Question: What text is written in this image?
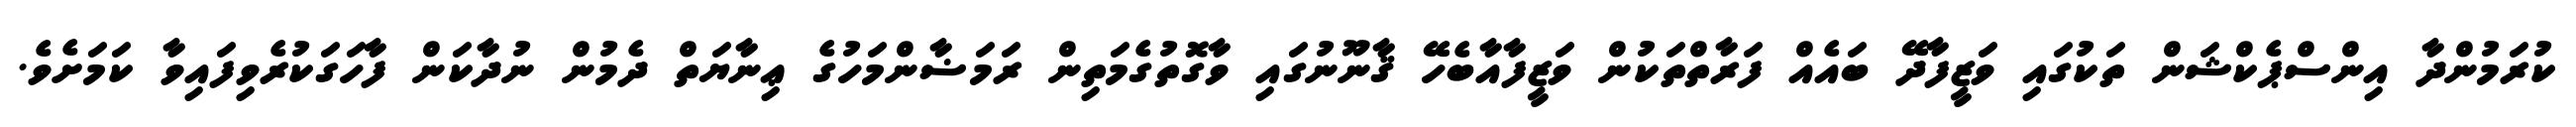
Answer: ކުރަމުންދާ އިންސްޕެކްޝަން ތަކުގައި ވަޒީފާދޭ ބައެއް ފަރާތްތަކުން ވަޒީފާއާބެހޭ ޤާނޫނުގައި ވާގޮތުގެމަތިން ރަމަޟާންމަހުގެ ޢިނާޔަތް ދެމުން ނުދާކަން ފާހަގަކުރެވިފައިވާ ކަމަށެވެ.